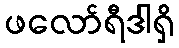
ဖလော်ရီဒါရှိ